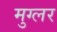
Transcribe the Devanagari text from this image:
मुग्लर